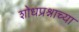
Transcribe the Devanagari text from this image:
शोधप्रश्नाच्या